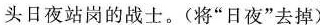
头日夜站岗的战士。(将”日夜”去掉)